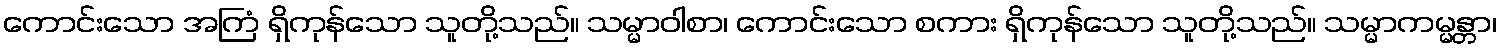
ကောင်းသော အကြံ ရှိကုန်သော သူတို့သည်။ သမ္မာဝါစာ၊ ကောင်းသော စကား ရှိကုန်သော သူတို့သည်။ သမ္မာကမ္မန္တာ၊